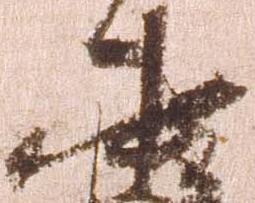
中